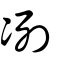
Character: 冽